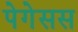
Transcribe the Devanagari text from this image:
पेगेसस